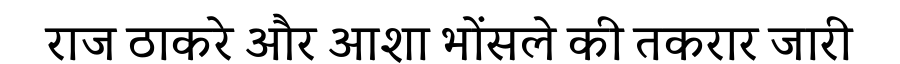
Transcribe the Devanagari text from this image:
राज ठाकरे और आशा भोंसले की तकरार जारी